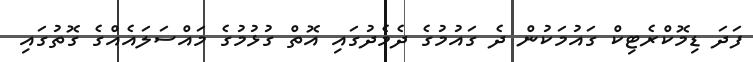
ފަދަ ޑިމޮކްރެޓިކް ގައުމަކުން ދެ ގައުމުގެ ދެމެދުގައި އޮތް ގުޅުމުގެ މައްސަލައެއްގެ ގޮތުގައި